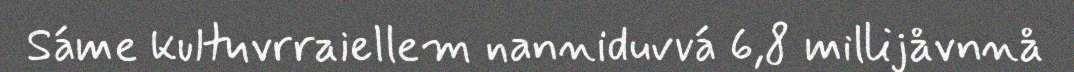
Sáme kultuvrraiellem nanniduvvá 6,8 millijåvnnå